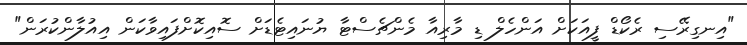
"އިނގިރޭސި ރެކޯޑް ފީއަކަށް އަންހެލް ޑި މާރިއާ މެންޗެސްޓާ ޔުނައިޓެޑަށް ސޮއިކޮށްފައިވާކަން އިއުލާންކުރަން"